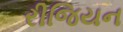
રીજિયન